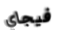
فيجاي